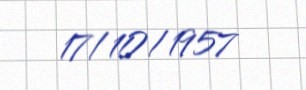
17/10/1957